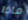
ماذا